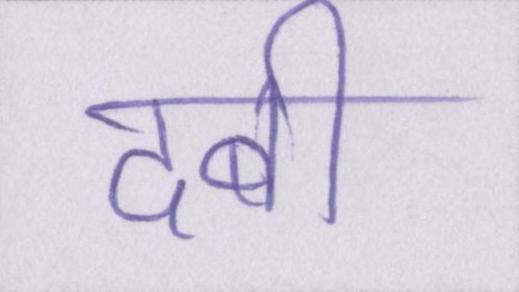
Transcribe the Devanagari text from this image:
दबी